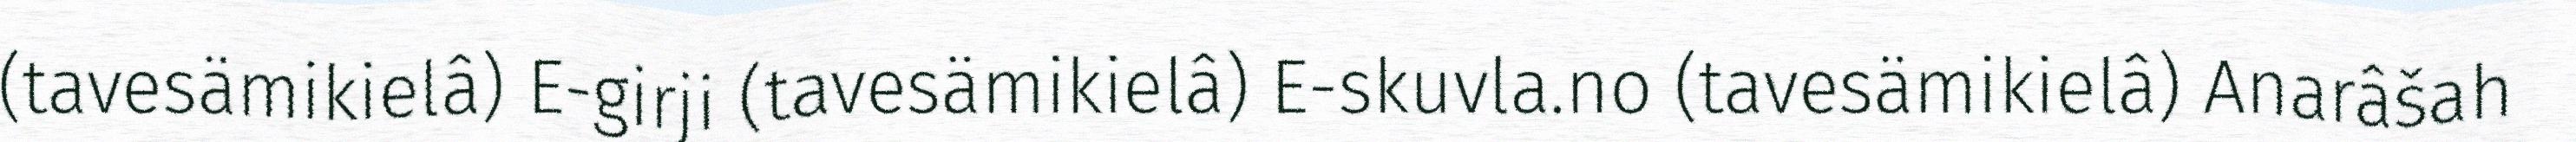
(tavesämikielâ) E-girji (tavesämikielâ) E-skuvla.no (tavesämikielâ) Anarâšah